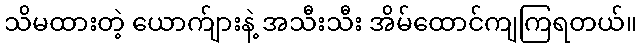
သိမထားတဲ့ ယောက်ျားနဲ့ အသီးသီး အိမ်ထောင်ကျကြရတယ်။